Civil Veterinary Department. Madras. Admin. report 1926-33 - 1926-1933
Year: 1926
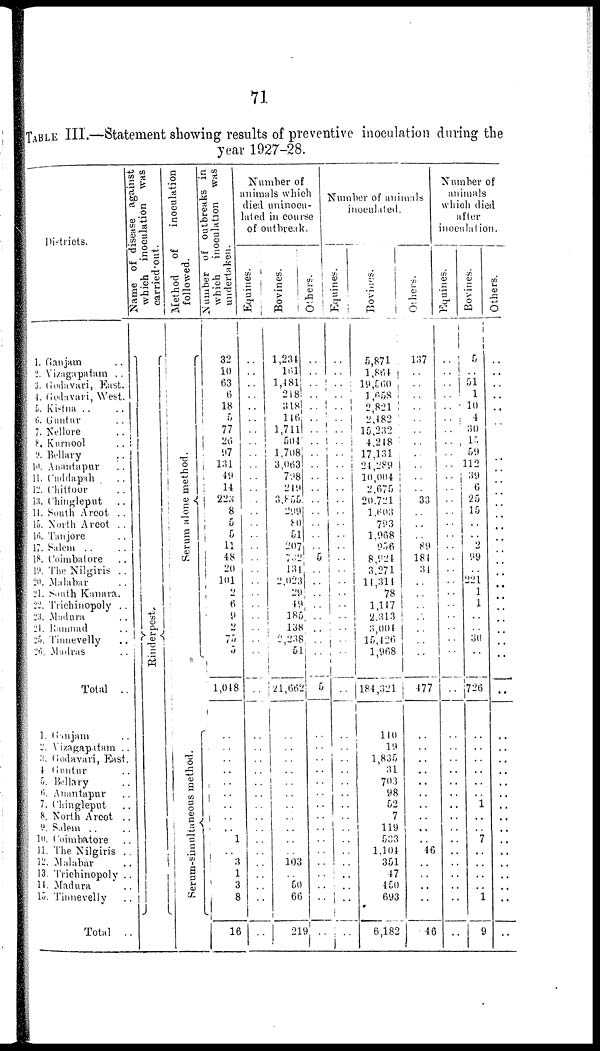
71
TABLE III.—Statement showing results of preventive inoculation during the
year 1927-28.
Districts.
1. Ganjam ..
2. Vizagapatam ..
3. Godavari, East.
4. Godavari, West.
5. Kistna .. ..
6. Guntur ..
7. Nellore ..
P. Kurnool ..
9. Bellary ..
10. Anantapur ..
11. Cuddapah ..
12. Chittoor
..
13. Chingleput ..
11. South Aroot ..
15. North Arcot ..
16. Tanjore ..
17. Salem
..
..
18. Coimabatore ..
19. The Nilgiris ..
20. Malabar ..
21. South Kunara.
22. Trichinopoly ..
23. Madura ..
21. Ranmad ..
25. Tinnevelly ..
26. Madras ..
Total ..
1. Gunjam ..
2. Vizagapatam ..
3. Godavari, East.
4 Guntur ..
5. Bellary ..
6. Anantapur ..
7. Chingleput ..
8. North Aroot ..
9. Salem ..
10. Coimbatore ..
11. The Nilgiris ..
12. Malabar ..
13. Trichinopoly ..
14. Madura ..
15. Tinnevelly ..
Total ..
Name of disease against
which inoculation
was
carried out.
Rinderpest.
Method
of
inoculation
followed.
Se r
um alone method.
Serum-simultaneous method.
Number of outbreaks in
which
inoculation was
undertaken.
32
10
63
6
18
5
77
26
97
131
49
14
223
8
5 5
11
48 20
101
2
6
9
2
75
5
1,048
..
..
..
..
..
..
..
..
..
1
..
3
1
3
8
16
Number of
animals which
died uninocu-
lated in course
of outbreak.
Equines.
..
..
..
..
..
..
..
..
..
..
..
..
..
..
..
..
..
..
..
..
..
..
..
..
..
..
..
..
..
..
..
..
..
..
..
..
..
..
..
..
..
..
..
Bovines.
1,234
161
1,481
218
318
146
1,711
504
1,708
3,063
798
219
3,855
299
80
51
207
732
131
2,023
29
49
185
138
2,238
51
21,662
..
..
..
..
..
..
..
..
..
..
..
103
..
60
66
211
Others.
..
..
..
..
..
..
..
..
..
..
..
..
..
..
..
..
..
..
..
..
..
..
..
..
..
..
5
..
..
..
..
..
..
..
..
..
..
..
..
..
..
..
..
Number of animals
inoculated.
Equines.
..
..
..
..
..
..
..
..
..
..
..
..
..
..
..
..
..
..
..
..
..
..
..
..
..
..
..
..
..
..
..
..
..
..
..
..
..
..
..
..
..
..
..
Bovines.
5,871
1,864
19,560
1,658
2,821
2,482
15,232
4,218
17,131
24,289 |
10,004
2,675
20.721
1,603
793
1,968
956
8,924
3,271
11,314
78
1,117
2.313
3,001
15,426
1,968
184,321
110
19
1,835
31
703
98
52
7
119
533
1,104
351
47
450
693
6,182
Others.
137
..
..
..
..
..
..
..
..
..
..
..
33
..
..
..
89
181
31
..
..
..
..
..
..
..
477
..
..
..
..
..
..
..
..
..
..
46
..
..
..
..
46
Number of
animals
which died
after
inoculation.
Equines.
..
..
..
..
..
..
..
..
..
..
..
..
..
..
..
..
..
..
..
..
..
..
..
..
..
..
..
..
..
..
..
..
..
..
..
..
..
..
..
..
..
..
..
Bovines.
5
..
51
1
10
4
30
10
59
112
39
6
25
15
..
..
2
99
..
221
1
1
..
..
30
..
726
..
..
..
..
..
..
1
..
..
7
..
..
..
..
1
9
Others.
..
..
..
..
..
..
..
..
..
..
..
..
..
..
..
..
..
..
..
..
..
..
..
..
..
..
..
..
..
..
..
..
..
..
..
..
..
..
..
..
..
..
..
..